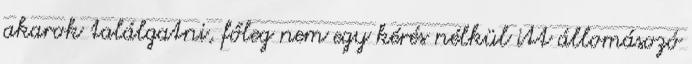
akarok találgatni, főleg nem egy kérés nélkül itt állomásozó